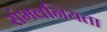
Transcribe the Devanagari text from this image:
संभवनियता